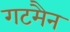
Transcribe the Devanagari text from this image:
गटमैन